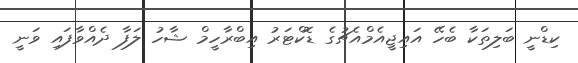
ކިޑްނީ ބަލިތަކާ ބެހޭ އައިޖީއެމްއެޗުގެ ޑޮކްޓަރު އިބްރާހީމް ޝާހު ލަފާ ދެއްވާފައި ވަނީ